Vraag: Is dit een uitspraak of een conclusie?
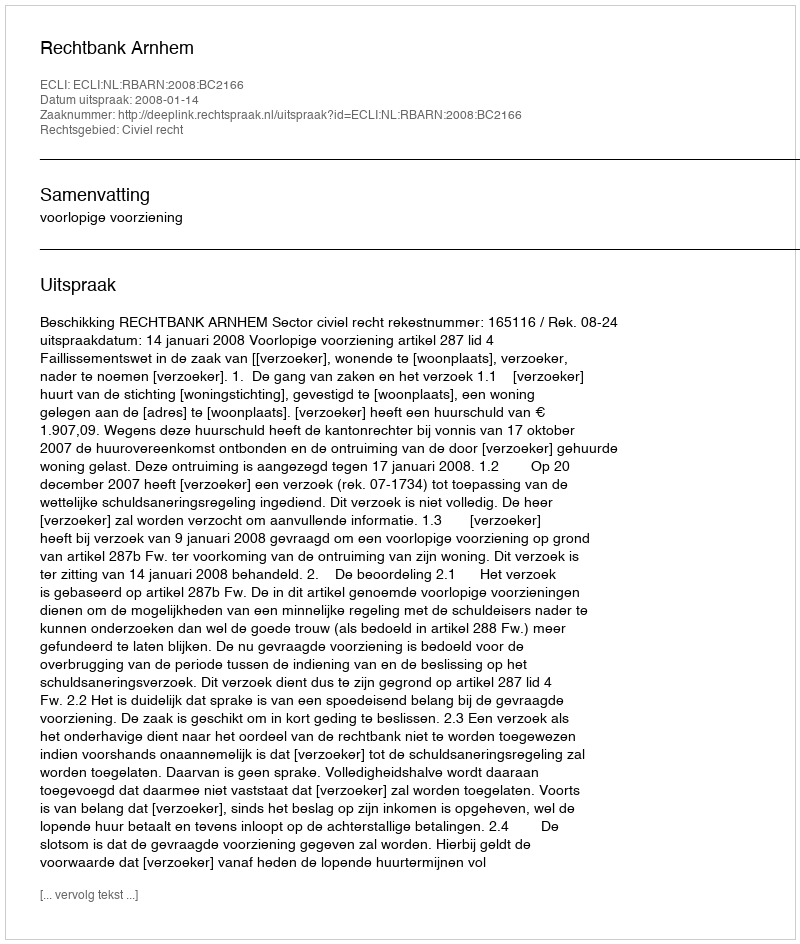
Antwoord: Uitspraak